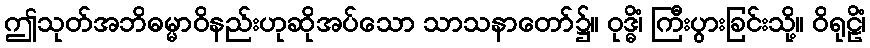
ဤသုတ်အဘိဓမ္မာဝိနည်းဟုဆိုအပ်သော သာသနာတော်၌။ ဝုဒ္ဓိံ၊ ကြီးပွားခြင်းသို့။ ဝိရုဠိံ၊